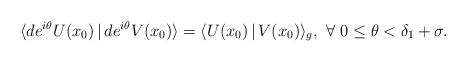
LaTeX: \begin{align*}\langle de^{i\theta}U(x_0)\,|\, de^{i\theta}V(x_0)\rangle=\langle U(x_0)\,|\, V(x_0)\rangle_g, ~\forall~ 0\leq\theta<\delta_1+\sigma.\end{align*}